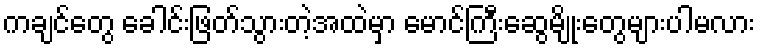
ကချင်တွေ ခေါင်းဖြတ်သွားတဲ့အထဲမှာ မောင်ကြီးဆွေမျိုးတွေများပါမလား